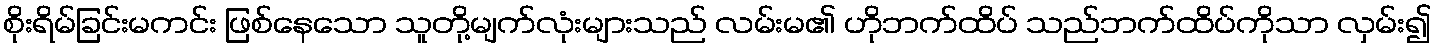
စိုးရိမ်ခြင်းမကင်း ဖြစ်နေသော သူတို့မျက်လုံးများသည် လမ်းမ၏ ဟိုဘက်ထိပ် သည်ဘက်ထိပ်ကိုသာ လှမ်း၍